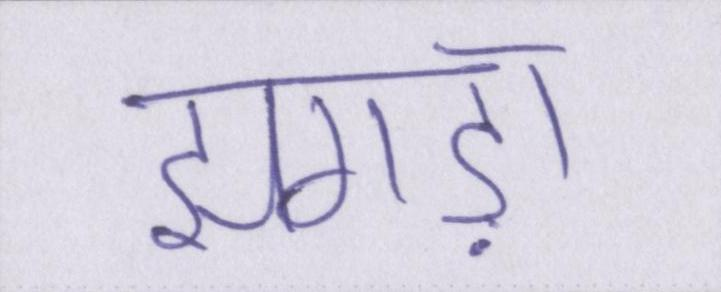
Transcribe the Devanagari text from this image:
झगड़ा